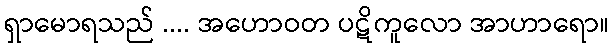
ရှာမောရသည် .... အဟောဝတ ပဋိကူလော အာဟာရော။